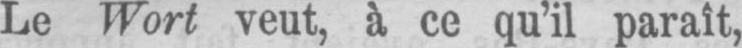
Le Wort veut, à ce qu’il paraît,